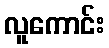
လူကောင်း